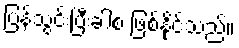
ပြန်သွင်းပြီးခါစ ဖြစ်နိုင်သည်။